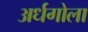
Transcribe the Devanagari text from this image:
अर्धगोला